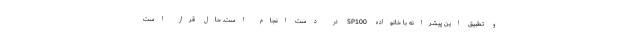
و تطبیق این پیشرانه با خانواده SP100 در دست انجام است. حال قرار است